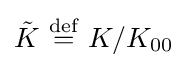
{\tilde {K}}\ {\stackrel {\mathrm {def} }{=}}\ K/K_{00}